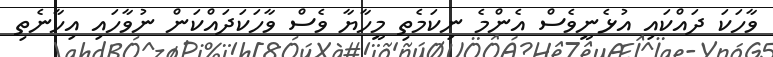
ވާހަކަ ދައްކައި އުޅެނީވެސް އެންމެ ނިކަމެތި މީހާޔާ ވެސް ވާހަކަދައްކަން ނުވާހައި އިހާނެތި